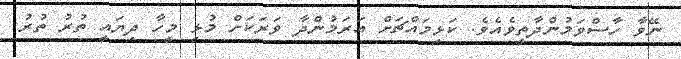
ނޭވާ ހާސްވަމުންދާތީވެއެވެ. ކަޅިމައްޗަށް އަރަމުންދާ ވަރަކަށް މުޅި މީހާ ދިޔައީ ތުރު ތުރު